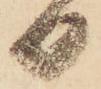
日